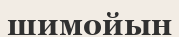
шимойын